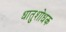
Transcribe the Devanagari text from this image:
धातुशोधक